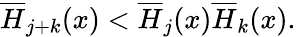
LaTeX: \overline{{{H}}}_{j+k}(x)<\overline{{{H}}}_{j}(x)\overline{{{H}}}_{k}(x).